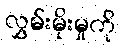
လွှမ်းမိုးမှုကို